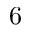
6